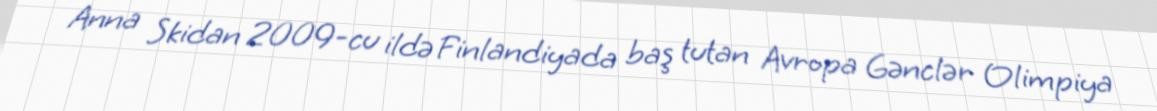
Anna Skidan 2009-cu ildə Finlandiyada baş tutan Avropa Gənclər Olimpiya